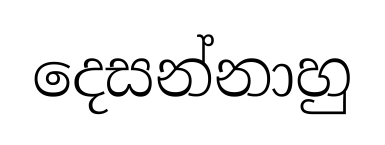
දෙසන්නාහු